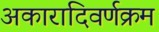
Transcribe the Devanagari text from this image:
अकारादिवर्णक्रम